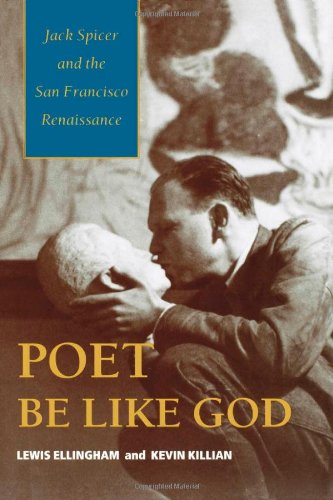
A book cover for Poet Be Like God: Jack Spicer and the San Francisco Renaissance; Lewis Ellingham; Gay & Lesbian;